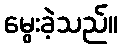
မွေးခဲ့သည်။